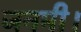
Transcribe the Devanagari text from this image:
जनमी।